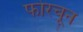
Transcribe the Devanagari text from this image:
फोरचून